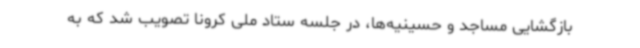
بازگشایی مساجد و حسینیه‌ها، در جلسه ستاد ملی کرونا تصویب شد که به